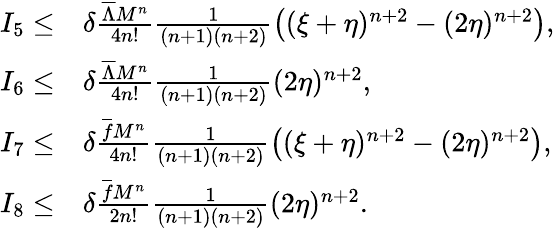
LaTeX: \begin{array}{rl}{I_{5}\leq}&{\delta\frac{{{\overline{{\Lambda}}}}M^{n}}{4n!}\frac{1}{(n+1)(n+2)}\left((\xi+\eta)^{n+2}-(2\eta)^{n+2}\right),}\\ {I_{6}\leq}&{\delta\frac{{{\overline{{\Lambda}}}}M^{n}}{4n!}\frac{1}{(n+1)(n+2)}(2\eta)^{n+2},}\\ {I_{7}\leq}&{\delta\frac{\overline{{f}}M^{n}}{4n!}\frac{1}{(n+1)(n+2)}\left((\xi+\eta)^{n+2}-(2\eta)^{n+2}\right),}\\ {I_{8}\leq}&{\delta\frac{\overline{{f}}M^{n}}{2n!}\frac{1}{(n+1)(n+2)}(2\eta)^{n+2}.}\end{array}